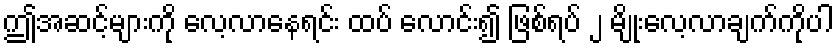
ဤအဆင့်များကို လေ့လာနေရင်း ထပ် လောင်း၍ ဖြစ်ရပ် ၂ မျိုးလေ့လာချက်ကိုပါ